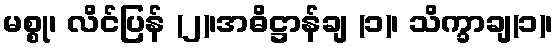
မစ္စု၊ လိင်ပြန် (၂)၊အဓိဋ္ဌာန်ချ (၁)၊ သိက္ခာချ(၁)၊